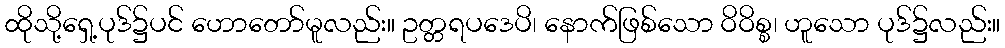
ထိုသို့ရှေ့ပုဒ်၌ပင် ဟောတော်မူလည်း။ ဥတ္တရပဒေပိ၊ နောက်ဖြစ်သော ဝိဝိစ္စ၊ ဟူသော ပုဒ်၌လည်း။